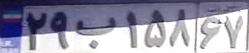
۲۹ب۱۵۸۶۷